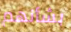
بشأنهم